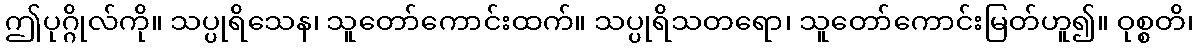
ဤပုဂ္ဂိုလ်ကို။ သပ္ပုရိသေန၊ သူတော်ကောင်းထက်။ သပ္ပုရိသတရော၊ သူတော်ကောင်းမြတ်ဟူ၍။ ဝုစ္စတိ၊